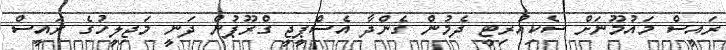
ރައީސް މައުމޫނަށް ސެކިއުރިޓީ ދެމުން ގެންދާ އެސްޕީޖީ ގްރޫޕުން ދަނީ މަޖިލީހުގެ ރައީސް